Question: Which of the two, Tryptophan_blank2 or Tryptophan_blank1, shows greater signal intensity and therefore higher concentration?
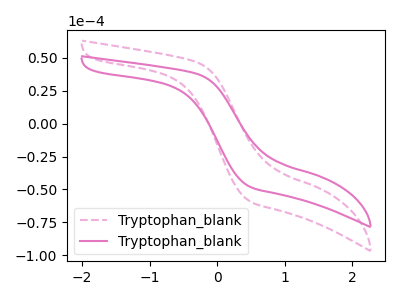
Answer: <think>The pink dashed curve "Tryptophan_blank1" has no peaks. The pink curve "Tryptophan_blank2" has no peaks.
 Neither "Tryptophan_blank2" or "Tryptophan_blank1" have any peaks.</think>
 <answer>I cant tell if "Tryptophan_blank2" or "Tryptophan_blank1" has higher concentration.</answer>
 <eval>mixed_concentration</eval>